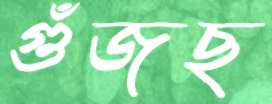
গুঁজছ